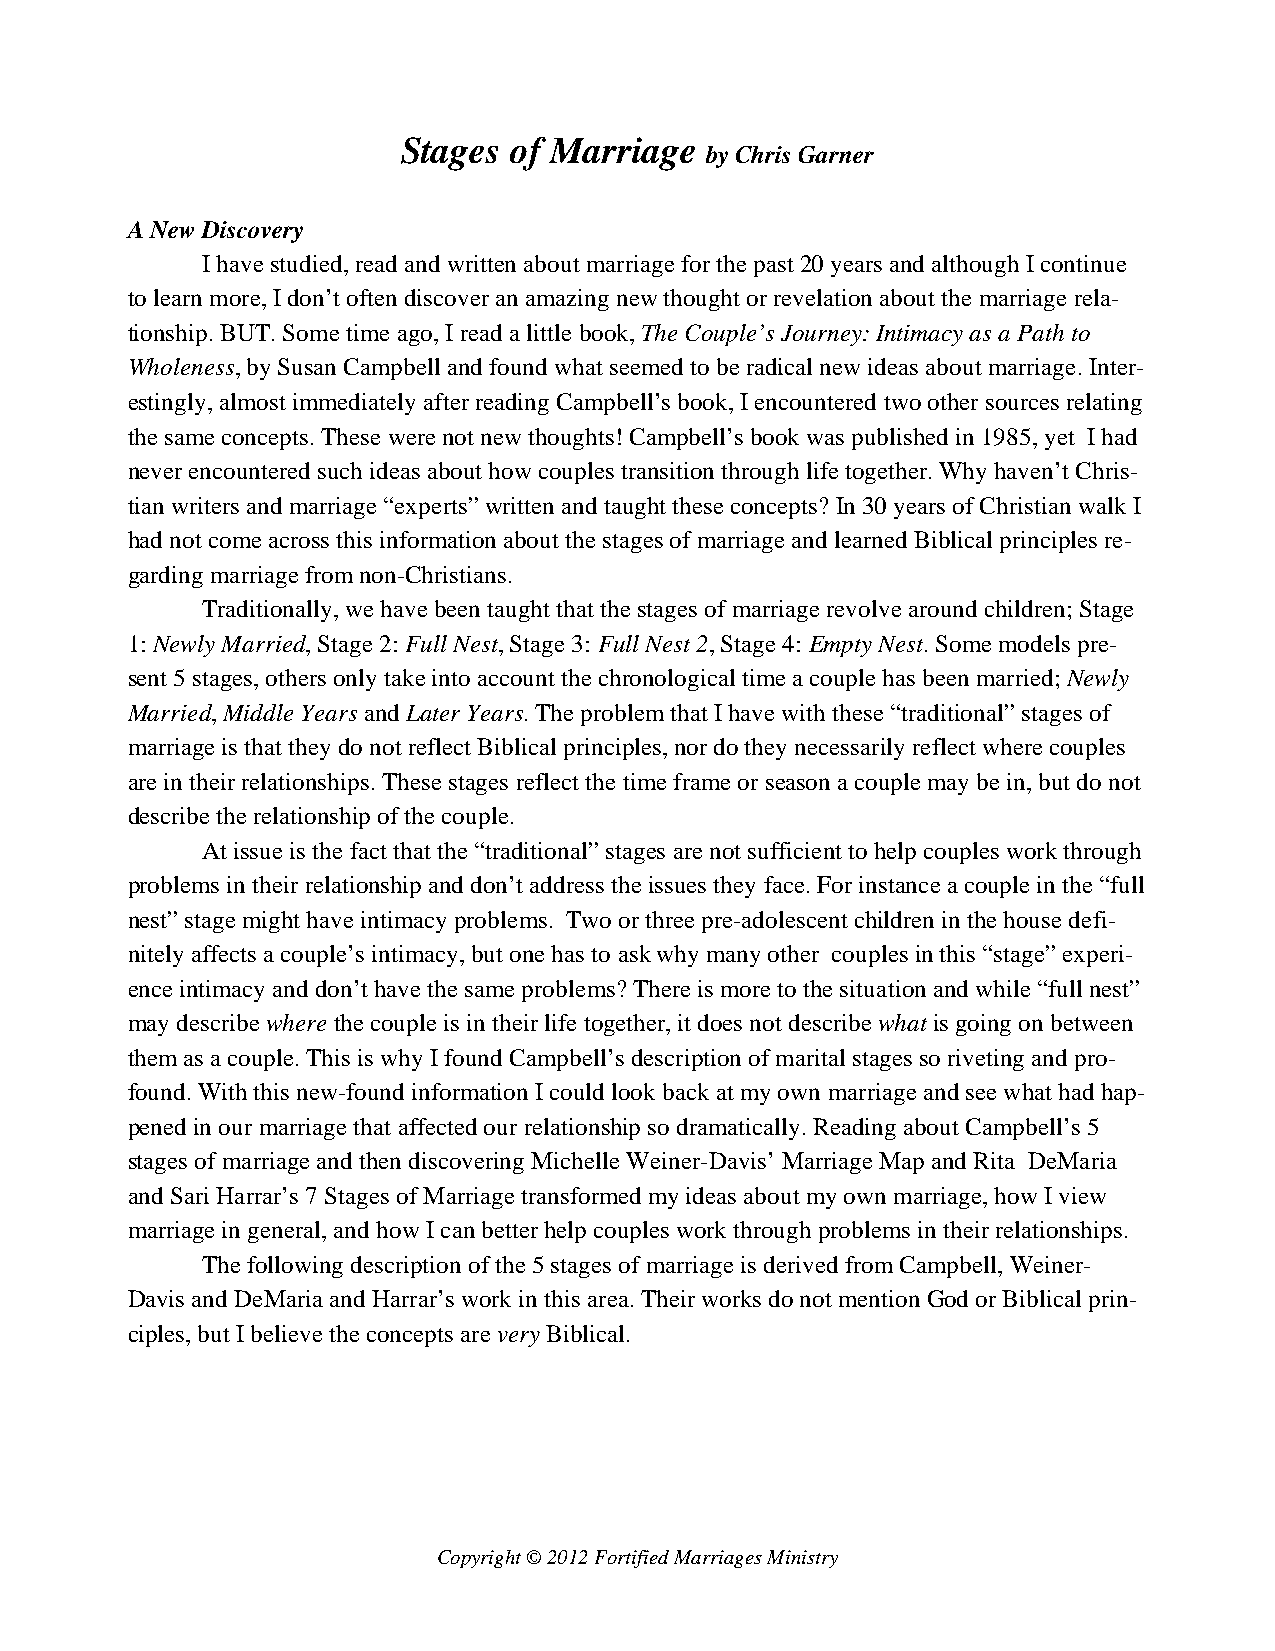
Stages of Marriage
 by Chris Garner
 A New Discovery
 I have studied, read and written about marriage for the past 20 years and although I continue
 to learn more, I don’t often discover an amazing new thought or revelation about the marriage rela-
 tionship. BUT. Some time ago, I read a little book, The Couple’s Journey: Intimacy as a Path to
 Wholeness, by Susan Campbell and found what seemed to be radical new ideas about marriage. Inter-
 estingly, almost immediately after reading Campbell’s book, I encountered two other sources relating
 the same concepts. These were not new thoughts! Campbell’s book was published in 1985, yet I had
 never encountered such ideas about how couples transition through life together. Why haven’t Chris-
 tian writers and marriage “experts” written and taught these concepts? In 30 years of Christian walk I
 had not come across this information about the stages of marriage and learned Biblical principles re-
 garding marriage from non-Christians.
 Traditionally, we have been taught that the stages of marriage revolve around children; Stage
 1: Newly Married, Stage 2: Full Nest, Stage 3: Full Nest 2, Stage 4: Empty Nest. Some models pre-
 sent 5 stages, others only take into account the chronological time a couple has been married; Newly
 Married, Middle Years and Later Years. The problem that I have with these “traditional” stages of
 marriage is that they do not reflect Biblical principles, nor do they necessarily reflect where couples
 are in their relationships. These stages reflect the time frame or season a couple may be in, but do not
 describe the relationship of the couple.
 At issue is the fact that the “traditional” stages are not sufficient to help couples work through
 problems in their relationship and don’t address the issues they face. For instance a couple in the “full
 nest” stage might have intimacy problems. Two or three pre-adolescent children in the house defi-
 nitely affects a couple’s intimacy, but one has to ask why many other couples in this “stage” experi-
 ence intimacy and don’t have the same problems? There is more to the situation and while “full nest”
 may describe where the couple is in their life together, it does not describe what is going on between
 them as a couple. This is why I found Campbell’s description of marital stages so riveting and pro-
 found. With this new-found information I could look back at my own marriage and see what had hap-
 pened in our marriage that affected our relationship so dramatically. Reading about Campbell’s 5
 stages of marriage and then discovering Michelle Weiner-Davis’ Marriage Map and Rita DeMaria
 and Sari Harrar’s 7 Stages of Marriage transformed my ideas about my own marriage, how I view
 marriage in general, and how I can better help couples work through problems in their relationships.
 The following description of the 5 stages of marriage is derived from Campbell, Weiner-
 Davis and DeMaria and Harrar’s work in this area. Their works do not mention God or Biblical prin-
 ciples, but I believe the concepts are very Biblical.
 Copyright © 2012 Fortified Marriages Ministry